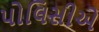
પોલિસીએ